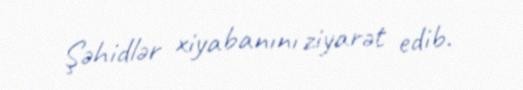
Şəhidlər xiyabanını ziyarət edib.